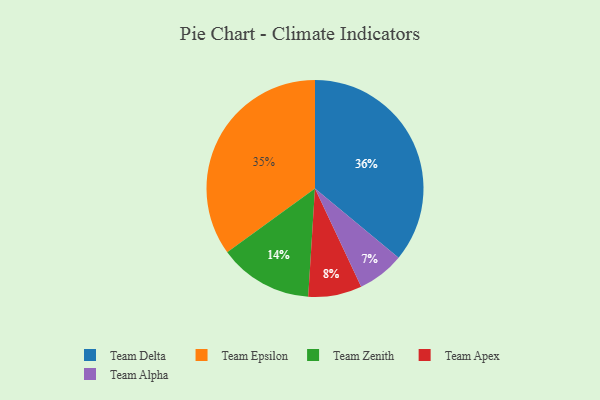
{"axis": {"x": "Category", "y": "Percentage"}, "legend": ["Team Alpha", "Team Apex", "Team Delta", "Team Epsilon", "Team Zenith"], "data": [{"x": "Team Delta", "y": 36, "type": "Team Delta"}, {"x": "Team Zenith", "y": 14, "type": "Team Zenith"}, {"x": "Team Epsilon", "y": 35, "type": "Team Epsilon"}, {"x": "Team Alpha", "y": 7, "type": "Team Alpha"}, {"x": "Team Apex", "y": 8, "type": "Team Apex"}]}